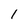
Character: l